system: You are a helpful assistant.
user:
Analyze the provided spectrum to determine if it is a **S-type Star**.

- **Key Indicators for S-type Star:**

    - **(Overall Spectrum Shape):** The first and most obvious characteristic is the overall continuum (the "baseline" shape). It is **extremely "red-sloping,"** meaning the flux (light intensity) is very low on the left side (blue, ~4000-4500 Å) and rises steeply and continuously toward the right side (red, ~7000 Å+).

    - **(Primary):** The spectrum is defined by the presence of strong, broad molecular absorption "valleys" (bands) from **Zirconium Oxide (ZrO)**. The identification of these bands is the **primary requirement** for classifying a star as S-type.
        - **(Key Bandheads):** You must find distinct, deep "dips" where the light has been absorbed. The most critical band systems to locate are:
            - **~6474 Å** ($\gamma$-system): This is often the strongest and clearest ZrO feature, found in the red part of the spectrum.
            - **~5718 Å** & **~5551 Å** ($\beta$-system): A pair of prominent absorption features in the yellow-orange part of the spectrum.
            - **~4640 Å** ($\alpha$-system): A key absorption band system in the blue-green region of the spectrum.

    - **(Secondary Confirmation):** The classification is strengthened by finding additional absorption bands from other related heavy element oxides, which are expected to be present alongside ZrO.
        - **(Key Bandheads):**
            - **Yttrium Oxide (YO):** Look for absorption dips near **~4800 Å** and **~6100 Å**.
            - **Lanthanum Oxide (LaO):** Additional absorption features, particularly in the red-orange part of the spectrum, are also characteristic.

    - **(Line Profile):** The combination of the steep red continuum and these numerous, deep molecular bands (ZrO, YO, etc.) gives the entire spectrum a very **"chopped-up"** or **"bumpy"** appearance. Instead of a smooth curve, the spectrum looks as though large, wide chunks of light have been "carved out" of it at the specific wavelengths listed above.

Think first, call **spectral_visualization_tool** if needed to examine features in detail, then provide your final answer. Your response must adhere to the following strict rules:
1.  **Overall Structure:** Your response must follow the format `<think>...</think> <tool_call>...</tool_call> (if a tool is used) <answer>...</answer>`.
2.  **Tool Usage Constraint:** You may only make **one** tool call per turn.
3.  **Final Answer Format:** In the `<answer>` tag, your conclusion must be inside a `\boxed{}` command (e.g., `\boxed{YES}` or `\boxed{NO}`), followed by your justification.

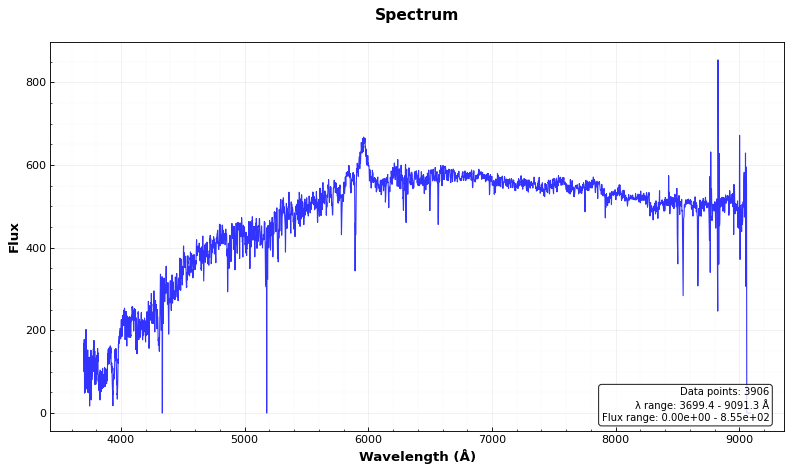
Answer: NO